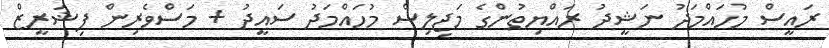
ރައީސް މުހައްމަދު ނަޝީދު ރައްޔިތުންގެ މަޖިލިސް މުހައްމަދު ސައީދު + މަސްވެރިން ފިޝަރީޒް